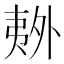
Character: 𫯏